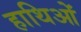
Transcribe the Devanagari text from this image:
हाथिओं